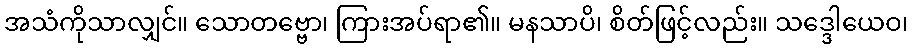
အသံကိုသာလျှင်။ သောတဗ္ဗော၊ ကြားအပ်ရာ၏။ မနသာပိ၊ စိတ်ဖြင့်လည်း။ သဒ္ဒေါယေဝ၊